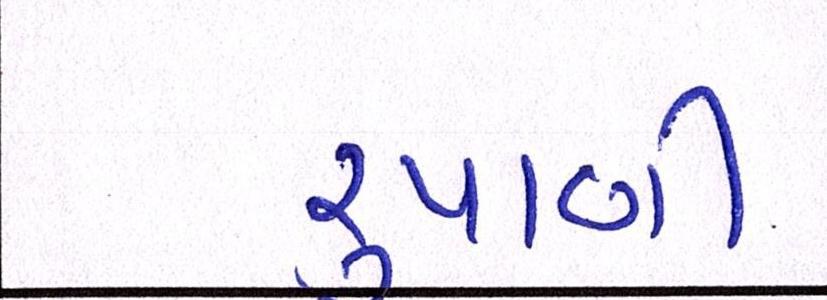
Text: રૃપાણી